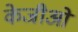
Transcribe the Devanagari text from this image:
केजीओ